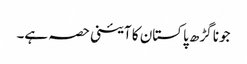
جونا گڑھ پاکستان کا آئینی حصہ ہے۔